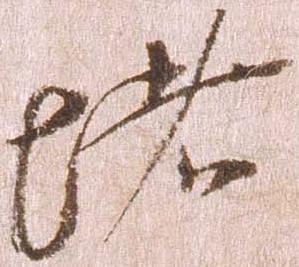
堵